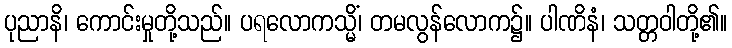
ပုညာနိ၊ ကောင်းမှုတို့သည်။ ပရလောကသ္မိံ၊ တမလွန်လောက၌။ ပါဏိနံ၊ သတ္တဝါတို့၏။